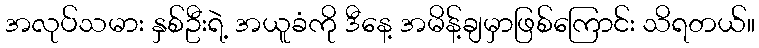
အလုပ်သမား နှစ်ဦးရဲ့ အယူခံကို ဒီနေ့ အမိန့်ချမှာဖြစ်ကြောင်း သိရတယ်။